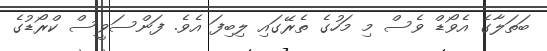
ބަތަލާގެ އެވޯޑް ވެސް މި މަހުގެ ތެރޭގައި ލިބިފަ އެވެ. ފަންސަވީސް ކްރޯޑުގެ